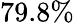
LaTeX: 79.8\%